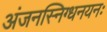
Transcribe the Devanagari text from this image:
अंजनस्निग्धनयनः